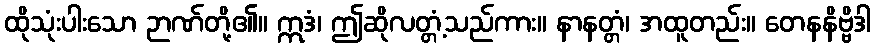
ထိုသုံးပါးသော ဉာဏ်တို့၏။ ဣဒံ၊ ဤဆိုလတ္တံ့သည်ကား။ နာနတ္တံ၊ အထူတည်း။ တေနနိဗ္ဗိဒါ